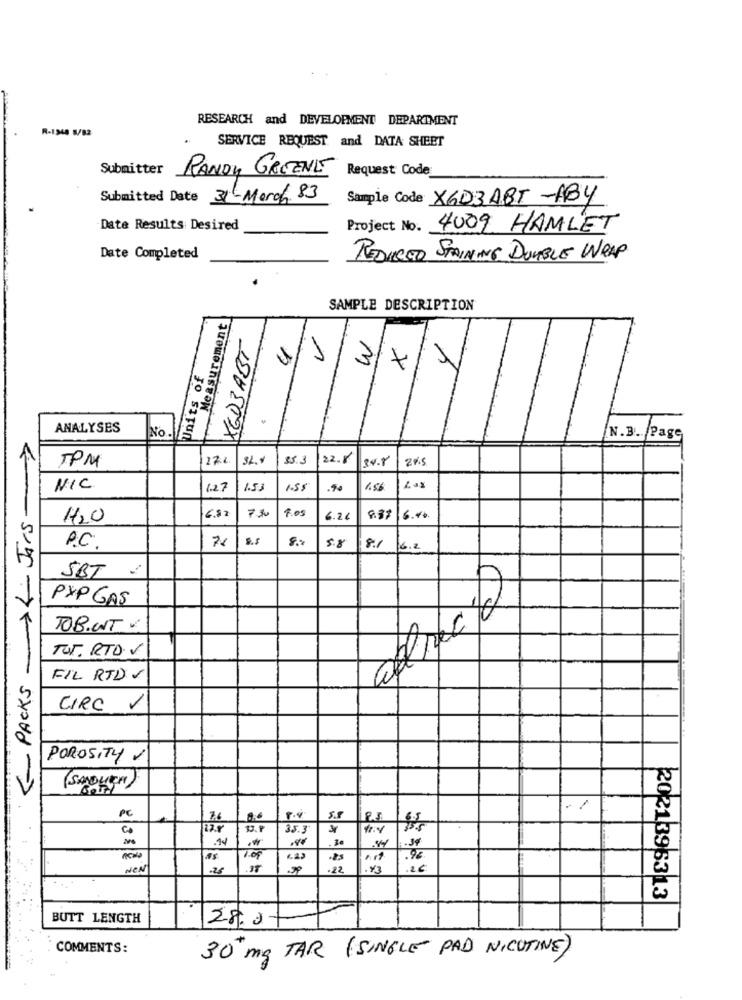
RESEARCH and DEVELOPMENT DEPARTMENT
R-1948 5/82
SERVICE REQUEST and DATA SHEET
Submitter
RANDY GREENE Request Code:
Submitted Date 31-March 83
Sample Code X603ABT-ABY
Date Results Desired
Project No. 4009 HAMLET
Date Completed
REDUCED STAINING DUMBLE WRAP
SAMPLE DESCRIPTION
Measurement
XED3ABT
1
Units of
3/4
ANALYSES
No.
->
N.B. Page
272
353
22.8
34.8
TPM
NIC
1.27
1.53
1.5$
.90
1.56
-- PACKS ->LJAIS.
7.30
H20
6.8 2
6.2
8.37
6.40
7x
5.8
P.C.
8.1
6.2
SBT :
PXP GAS
TOBIWT :
TUT. RTD. V
FIL RTD V
CIRC
POROSITY /
( SANDWICH)
PC
./
5.
14
NEN
.26
.22
¥3
2021396313
BUTT LENGTH
28.0
COMMENTS:
30 mg TAR ( SINGLE PAD NICUTIVE)